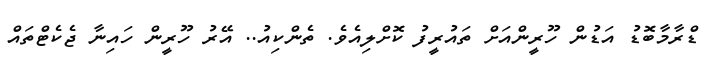
ޑްރާމާބޮޑު އަޑުން ހޫރީންއަށް ތައުރީފު ކޮށްލިއެވެ. ތެންކިއު.. އޭރު ހޫރީން ހައިނާ ޖެކެޓްތައް